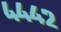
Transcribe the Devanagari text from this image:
४४४२